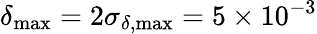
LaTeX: \delta_{\mathrm{max}}=2\sigma_{\delta,\mathrm{max}}=5\times 10^{-3}